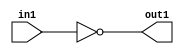
`timescale 1ps / 1ps
/*****************************************************************************
    Verilog RTL Description
    
    
    Created by: Stratus DpOpt 2019.1.01 
*******************************************************************************/

module fix2float_NotBit_32S_32S_4_0 (
	in1,
	out1
	); /* architecture "behavioural" */ 
input [31:0] in1;
output [31:0] out1;
wire [31:0] asc001;

assign asc001 = 
	((~in1));

assign out1 = asc001;
endmodule

/* CADENCE  urf5Tww= : u9/ySgnWtBlWxVPRXgAZ4Og= ** DO NOT EDIT THIS LINE ******/